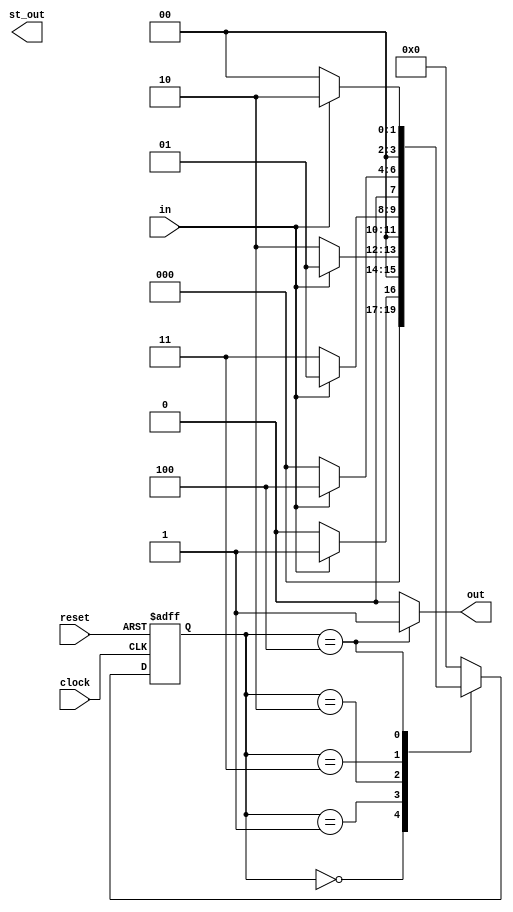
module Lab2(clock, reset, in, st_out, out);
	output reg out;
	output reg [3:0] st_out;
	input in;
	input clock, reset;
	parameter S0 = 4'b0000, S1 = 4'b0001, S2 = 4'b0010, S3 = 4'b0011, S4 = 4'b0100;
	reg [3:0] state, nx_state;
	
	always @(posedge clock, posedge reset)
	begin
	 if(reset==1) 
	 state <= S0;
	 else
	 state <= nx_state;
	end 
	
	always @(state, in)
	begin
	case(state)
	S0:
	if(in == 0) begin
	
	nx_state <= S0;
	
	end else begin
	
	nx_state <= S1;
	
	end
	S1:
	if(in == 0) begin
	
	nx_state <= S2;

	end else begin
	
	nx_state <= S1;
	
	end
	S2:
	if(in == 0) begin
	
	nx_state <= S3;
	
	end else begin
	
	nx_state <= S1;
	
	end
	S3:
	if(in == 0) begin
	
	nx_state <= S0;
	
	end else begin
	
	nx_state <= S4;
	
	end
	S4: 
	if(in == 0) begin
	
	nx_state <= S0;
	
	end else begin
	
	nx_state <= S2;
	
	end
	
	default: nx_state <= S0;
	
	endcase
	
	end
	
	always @(state)
	begin 
	 case(state) 
	 S0:   out = 0;
	 S0: st_out = 4'b0000;
	 S1:   out = 0;
	 S1: st_out = 4'b0001;
	 S2:  out = 0;
	 S2: st_out = 4'b0010;
	 S3:  out = 0;
	 S3: st_out = 4'b0011;
	 S4:  out = 1;
	 S4: st_out = 3'b0100;
	 default:  out = 0;
	 endcase
	end 
	
	endmodule